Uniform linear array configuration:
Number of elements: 64
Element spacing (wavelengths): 0.5
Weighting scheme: hamming
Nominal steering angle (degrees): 15
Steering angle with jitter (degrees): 14.43
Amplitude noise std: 0.05
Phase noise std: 0.05

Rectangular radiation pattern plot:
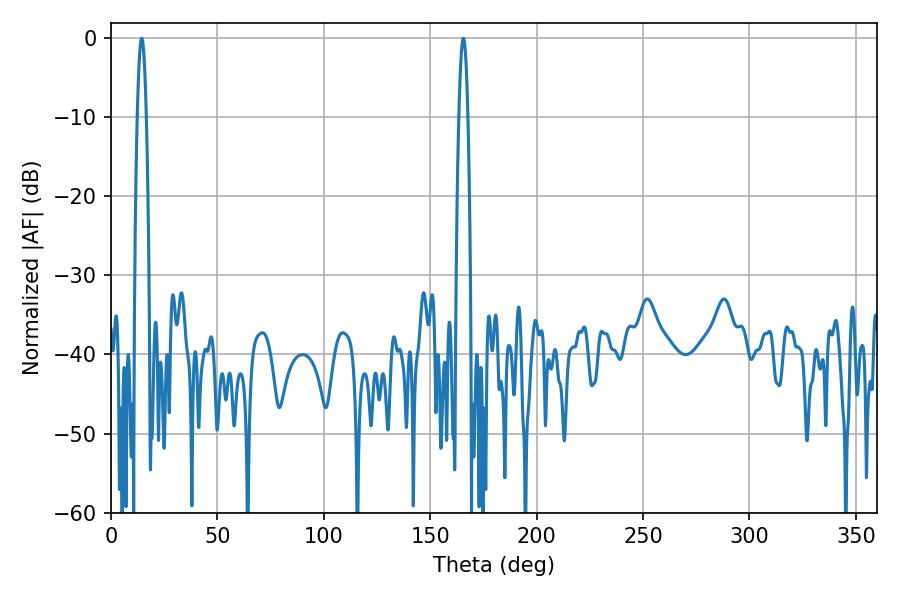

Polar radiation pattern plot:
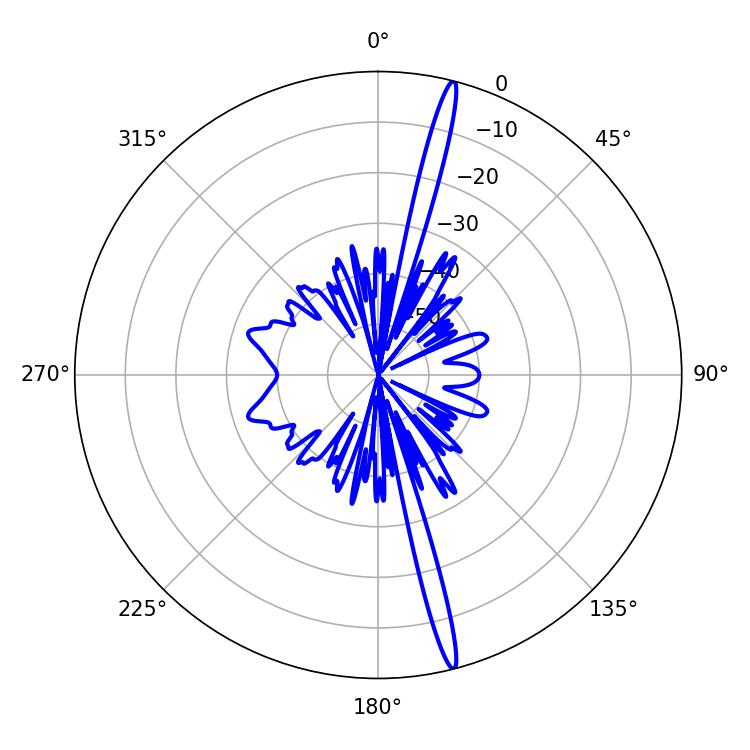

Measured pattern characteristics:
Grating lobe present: FALSE
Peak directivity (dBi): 19.587
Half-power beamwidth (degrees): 2.16
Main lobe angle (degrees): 14.4